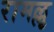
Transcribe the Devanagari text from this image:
रामल्लू